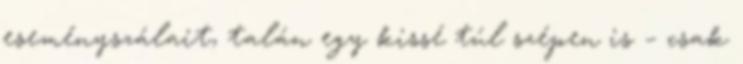
eseményszálait, talán egy kissé túl szépen is – csak